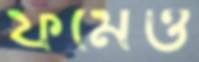
ফর্মেও